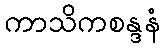
ကာသိကစန္ဒနံ